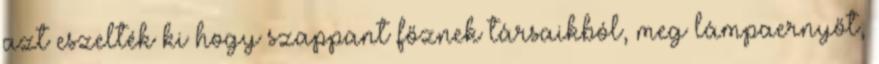
azt eszelték ki hogy szappant főznek társaikból, meg lámpaernyőt,